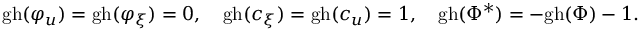
\mathrm { g h } ( \varphi _ { u } ) = \mathrm { g h } ( \varphi _ { \xi } ) = 0 , \quad \mathrm { g h } ( c _ { \xi } ) = \mathrm { g h } ( c _ { u } ) = 1 , \quad \mathrm { g h } ( \Phi ^ { * } ) = - \mathrm { g h } ( \Phi ) - 1 .